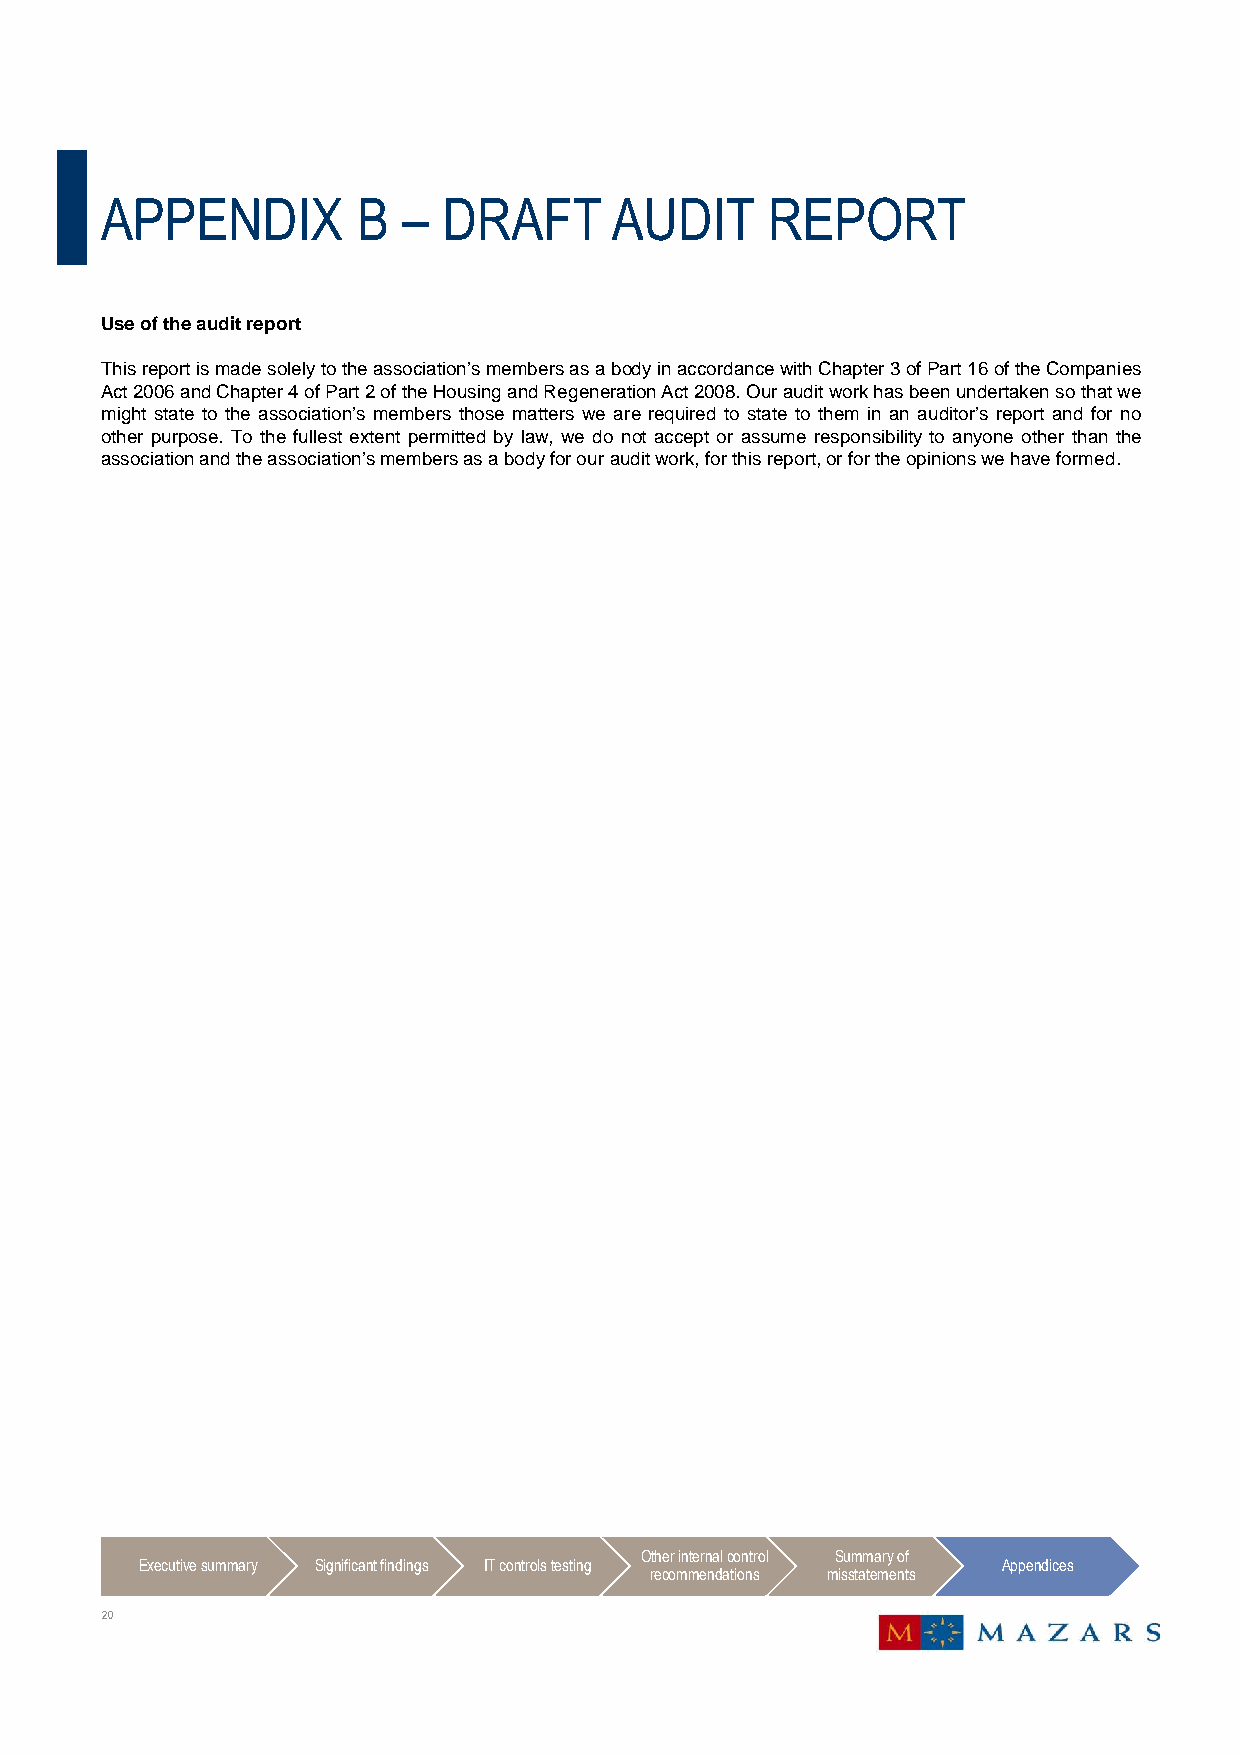
APPENDIX         B  – DRAFT      AUDIT      REPORT
 Use of the audit report
 Thisreportismadesolelytotheassociation’smembersasabodyinaccordancewithChapter3ofPart16oftheCompanies
 Act2006andChapter4ofPart2oftheHousingandRegenerationAct2008.Ourauditworkhasbeenundertakensothatwe
 might state to the association’s members those matters we are required to state to them in an auditor’s report and for no
 other purpose. To the fullest extent permitted by law, we do not accept or assume responsibility to anyone other than the
 associationandtheassociation’smembersasabodyforourauditwork,forthisreport,orfortheopinionswehaveformed.
 Other internal control Summary of
 Executive summary Significant findings IT controls testing Appendices
 recommendations misstatements
 20